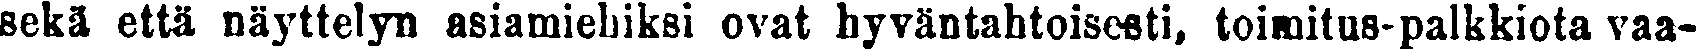
sekä että näyttelyn asiamiehiksi ovat hyväntahtoisesti, toimitus-palkkiota vaa-